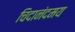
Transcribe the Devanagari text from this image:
चिदानंदमय